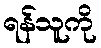
ရန်သူကို